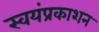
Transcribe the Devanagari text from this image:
स्वयंप्रकाशन